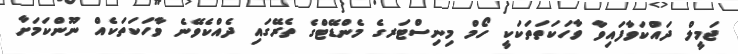
ޖަމީލް ދައްކަވާފައިވާ ވާހަކަތަތަކަކީ ހޯމް މިނިސްޓަރގެ މެންޑޭޓްގެ ތެރޭގައި ދެއްކެވޭނެ ވާހަކަތަކެއް ނޫންކަމަށާ